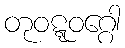
တုဝဋ္ဋဝဂ္ဂေါ